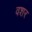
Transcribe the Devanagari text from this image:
वशर